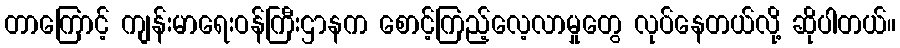
တာကြောင့် ကျန်းမာရေးဝန်ကြီးဌာနက စောင့်ကြည့်လေ့လာမှုတွေ လုပ်နေတယ်လို့ ဆိုပါတယ်။